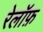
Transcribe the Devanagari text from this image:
रेलॉफ़